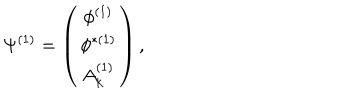
\Psi ^ { ( 1 ) } = \left( \begin{array} { c } { { \phi ^ { ( 1 ) } } } \\ { { \phi ^ { \ast ( 1 ) } } } \\ { { A _ { k } ^ { ( 1 ) } } } \\ \end{array} \right) ,